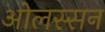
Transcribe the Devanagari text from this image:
ओलस्सन